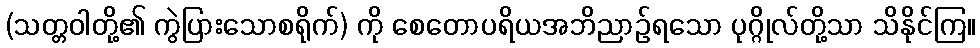
(သတ္တဝါတို့၏ ကွဲပြားသောစရိုက်) ကို စေတောပရိယအဘိညာဉ်ရသော ပုဂ္ဂိုလ်တို့သာ သိနိုင်ကြ။